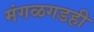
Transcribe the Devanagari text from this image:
मंगळगडही